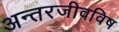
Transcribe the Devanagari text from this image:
अन्तरजीवविष